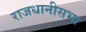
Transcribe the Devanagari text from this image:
राजधानीसभा